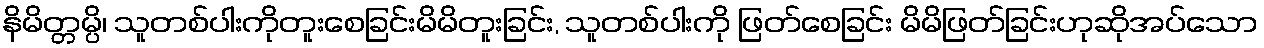
နိမိတ္တမ္ပိ၊ သူတစ်ပါးကိုတူးစေခြင်းမိမိတူးခြင်း, သူတစ်ပါးကို ဖြတ်စေခြင်း မိမိဖြတ်ခြင်းဟုဆိုအပ်သော